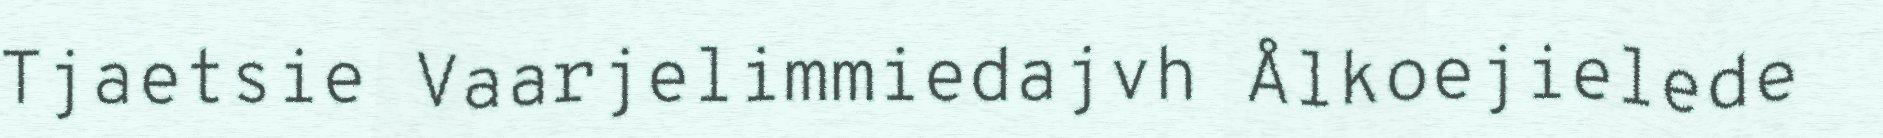
Tjaetsie Vaarjelimmiedajvh Ålkoejielede